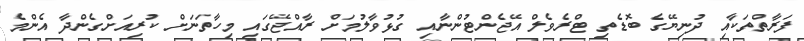
ފަރާތްތަކާއި ދުނިޔޭގެ ބޮޑެތި ޓްރެވެލް އޭޖެންޓުންނާއި ގުޅުވާލުމަށް ރާއްޖޭގައި މިހާތަނަށް ކުރިއަށްގެންދާ އެންމެ